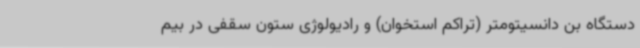
دستگاه بن دانسیتومتر (تراکم استخوان) و رادیولوژی ستون سقفی در بیم